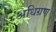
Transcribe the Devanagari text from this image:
अधिग्रण